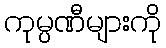
ကုမ္ပဏီများကို